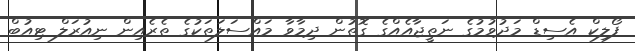
ފޯލިކް އެސިޑް މަދުވުމުގެ ނަތީޖާއެއްގެ ގޮތުން ދިމާވާ މައްސަލަތަކުގެ ތެރެއިން ނިއުރަލް ޓިއުބް